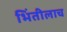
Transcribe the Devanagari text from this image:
भिंतीलाच